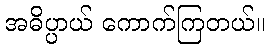
အဓိပ္ပာယ် ကောက်ကြတယ်။